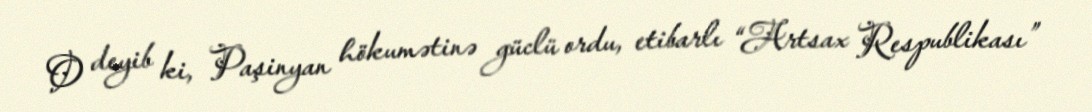
O deyib ki, Paşinyan hökumətinə güclü ordu, etibarlı “Artsax Respublikası”